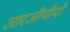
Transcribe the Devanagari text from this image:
आरजीपीयों